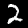
Digit: 2